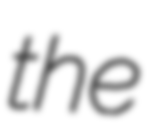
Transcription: the